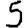
Digit: 5